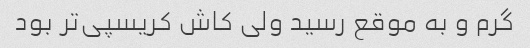
گرم و به موقع رسید ولی کاش کریسپی‌تر بود